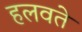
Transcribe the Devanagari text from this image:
हलवते